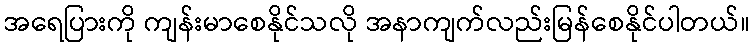
အရေပြားကို ကျန်းမာစေနိုင်သလို အနာကျက်လည်းမြန်စေနိုင်ပါတယ်။